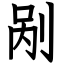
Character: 剐